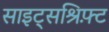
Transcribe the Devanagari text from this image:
साइट्सश्रिफ़्ट